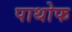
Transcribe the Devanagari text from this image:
पाथोफ